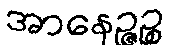
အာနေဉ္ဇဉ္စ